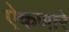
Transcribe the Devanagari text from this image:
ऐकणारे